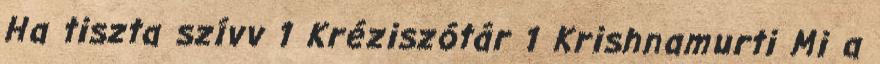
Ha tiszta szívv 1 Kréziszótár 1 Krishnamurti Mi a